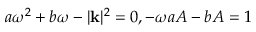
a \omega ^ { 2 } + b \omega - | \mathbf { k } | ^ { 2 } = 0 , - \omega a A - b A = 1